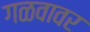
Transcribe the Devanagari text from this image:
गळवावर